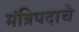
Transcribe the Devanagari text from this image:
मंत्रिपदाचे